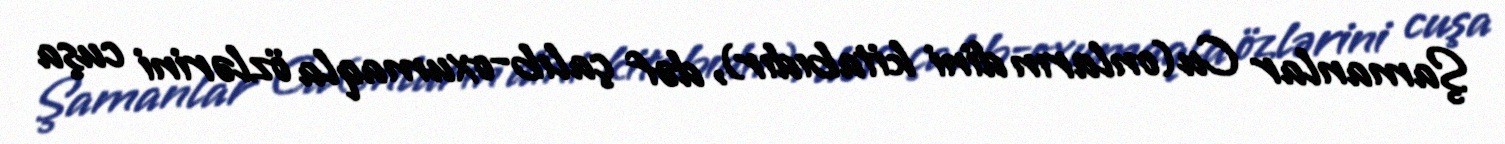
Şamanlar Cu(onların dini kitabıdır), dəf çalıb-oxumaqla özlərini cuşa